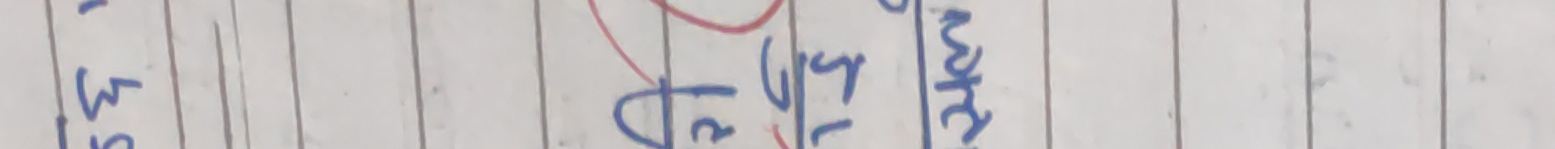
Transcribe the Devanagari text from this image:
53 ३५ ३म